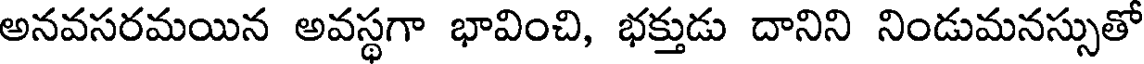
అనవసరమయిన అవస్థగా భావించి, భక్తుడు దానిని నిండుమనస్సుతో